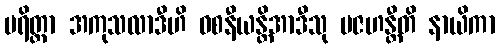
ပရိတ္တာ အကုသလာဒီဟိ ဝစနီယန္တိအာဒီသု ပဇဟန္တီတိ နာယိကာ